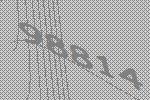
98814